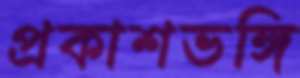
প্রকাশভঙ্গি